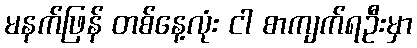
မနက်ဖြန် တစ်နေ့လုံး ငါ စာကျက်ရဦးမှာ